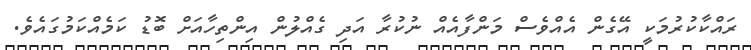
ރައްކާކުރުމަކީ އޭގެން އެއްވެސް މަންފާއެއް ނުކުރާ އަދި ގެއްލުން އިންތިހާއަށް ބޮޑު ކަމެއްކަމުގައެވެ.